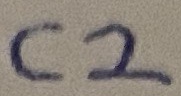
Text: C2